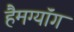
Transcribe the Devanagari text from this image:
हैमग्यॉंग